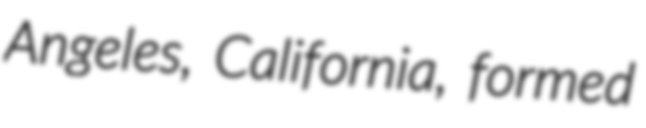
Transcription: Angeles, California, formed